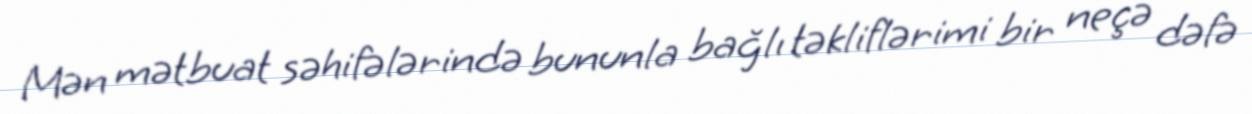
Mən mətbuat səhifələrində bununla bağlı təkliflərimi bir neçə dəfə